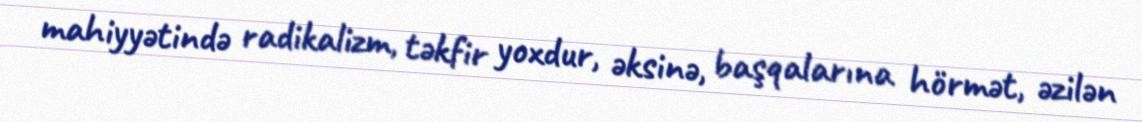
mahiyyətində radikalizm, təkfir yoxdur, əksinə, başqalarına hörmət, əzilən